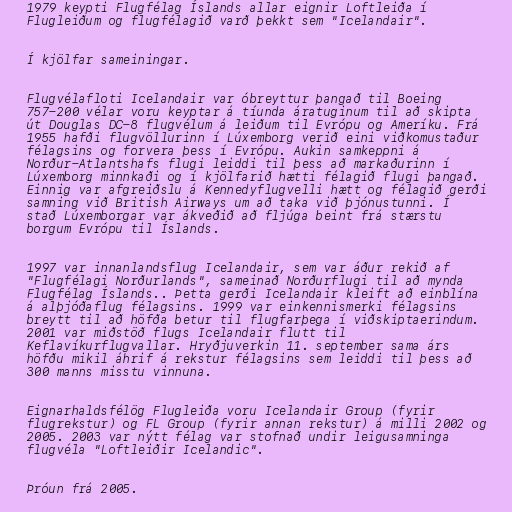
1979 keypti Flugfélag Íslands allar eignir Loftleiða í
Flugleiðum og flugfélagið varð þekkt sem "Icelandair".

Í kjölfar sameiningar.

Flugvélafloti Icelandair var óbreyttur þangað til Boeing
757-200 vélar voru keyptar á tíunda áratuginum til að skipta
út Douglas DC-8 flugvélum á leiðum til Evrópu og Ameríku. Frá
1955 hafði flugvöllurinn í Lúxemborg verið eini viðkomustaður
félagsins og forvera þess í Evrópu. Aukin samkeppni á
Norður-Atlantshafs flugi leiddi til þess að markaðurinn í
Lúxemborg minnkaði og í kjölfarið hætti félagið flugi þangað.
Einnig var afgreiðslu á Kennedyflugvelli hætt og félagið gerði
samning við British Airways um að taka við þjónustunni. Í
stað Lúxemborgar var ákveðið að fljúga beint frá stærstu
borgum Evrópu til Íslands.

1997 var innanlandsflug Icelandair, sem var áður rekið af
"Flugfélagi Norðurlands", sameinað Norðurflugi til að mynda
Flugfélag Íslands.. Þetta gerði Icelandair kleift að einblína
á alþjóðaflug félagsins. 1999 var einkennismerki félagsins
breytt til að höfða betur til flugfarþega í viðskiptaerindum.
2001 var miðstöð flugs Icelandair flutt til
Keflavíkurflugvallar. Hryðjuverkin 11. september sama árs
höfðu mikil áhrif á rekstur félagsins sem leiddi til þess að
300 manns misstu vinnuna.

Eignarhaldsfélög Flugleiða voru Icelandair Group (fyrir
flugrekstur) og FL Group (fyrir annan rekstur) á milli 2002 og
2005. 2003 var nýtt félag var stofnað undir leigusamninga
flugvéla "Loftleiðir Icelandic".

Þróun frá 2005.